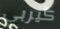
كيربي